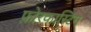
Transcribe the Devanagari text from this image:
फ़ोरकास्टिंग